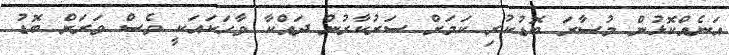
އަނެއްކޮޅުން މުސާރަ ބޮޑުކުރި ކަމަށް ސަރުކާރުން ދައްކާ ވާހަކައަކީ ވެސް ވަރަށް ބޮޑު